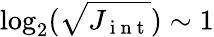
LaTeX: \log_{2}(\sqrt{J_{\mathrm{~i~n~t~}}})\sim 1